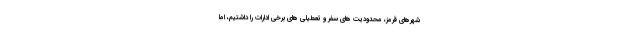
شهرهای قرمز، محدودیت های سفر و تعطیلی های برخی ادارات را داشتیم، اما